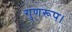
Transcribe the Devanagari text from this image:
गुणरूप।